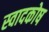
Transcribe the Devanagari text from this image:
स्वादकोष